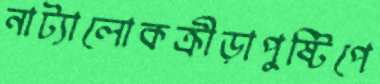
নাট্যালোকক্রীড়াপুষ্টিপে